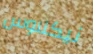
نيكلاوس